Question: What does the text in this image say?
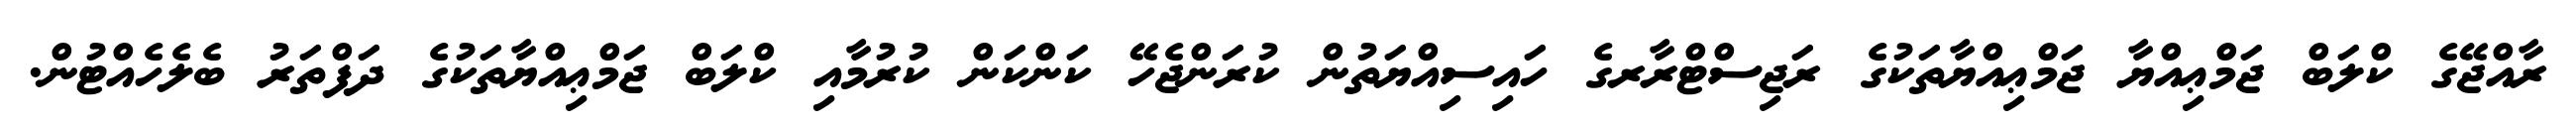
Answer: ރާއްޖޭގެ ކްލަބް ޖަމްޢިއްޔާ ޖަމްޢިއްޔާތަކުގެ ރަޖިސްޓްރާރގެ ހައިސިއްޔަތުން ކުރަންޖެހޭ ކަންކަން ކުރުމާއި ކްލަބް ޖަމްޢިއްޔާތަކުގެ ދަފްތަރު ބެލެހެއްޓުން.